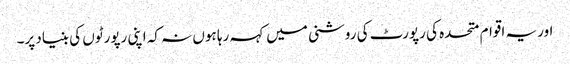
اور یہ اقوام متحده کی رپورٹ کی روشنی میں کہہ رہا ہوں نہ کہ اپنی رپورٹوں کی بنیاد پر۔